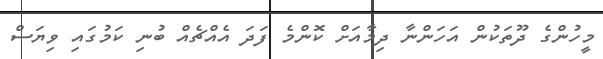
މީހުންގެ ދޫތަކުން އަހަންނާ ދިމާއަށް ކޮންމެ ފަދަ އެއްޗެއް ބުނި ކަމުގައި ވިޔަސް